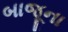
બાજૂના